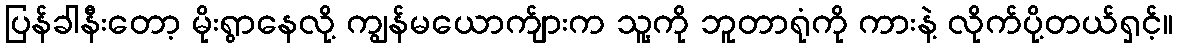
ပြန်ခါနီးတော့ မိုးရွာနေလို့ ကျွန်မယောက်ျားက သူ့ကို ဘူတာရုံကို ကားနဲ့ လိုက်ပို့တယ်ရှင့်။